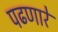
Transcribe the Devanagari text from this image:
पढणारे